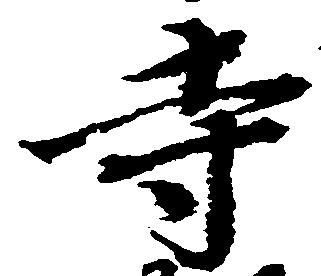
寺